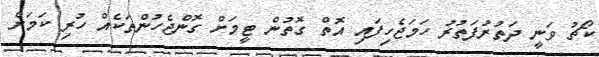
ކޯޗު ވަނީ ދަތުރުފަތުރު ހަމަޖެހިފައި އޮތް ގޮތުން ޓީމަށް ގޮންޖެހުންތަކެއް ހުރި ކަމަށް